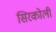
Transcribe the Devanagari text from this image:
सिरकोली